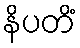
နိပတိံ